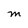
Character: m